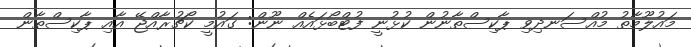
މައުލޫމާތު މުއްސަނދިވި ޕާކިސްތާނުން ކުޅުނީ ފުޓްބޯޅައެއް ނޫން: ގައުމީ ކޯޗުރާއްޖޭ އާއި ޕާކިސްތާން